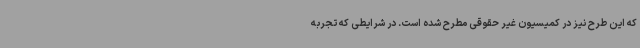
که این طرح نیز در کمیسیون غیر حقوقی مطرح شده است. در شرایطی که تجربه